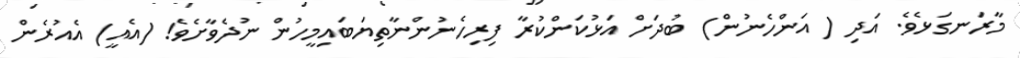
މާރަނގަޅެވެ. އަދި ( އަންހެނުން) ބުދަށް އަޅުކަންކުރާ ފިރިހެނުންނާތިޔަބައިމީހުން ނުދެވާށެވެ! (އެއީ) އެއުރެން